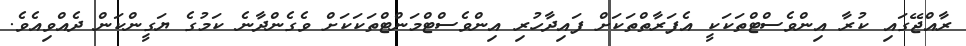
ރާއްޖޭގައި ކުރާ އިންވެސްޓްތަކަކީ އެފަރާތްތަކަށް ފައިދާހުރި އިންވެސްޓްމަންޓްތަކަކަށް ވެގެންދާނެ ކަމުގެ ޔަގީންކަން ދެއްވިއެވެ.